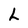
Character: L